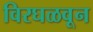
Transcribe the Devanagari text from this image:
विरघळवून